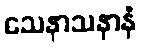
သေနာသနာနံ